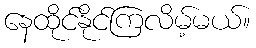
နေထိုင်နိုင်ကြလိမ့်မယ်။